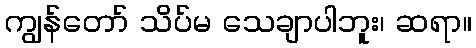
ကျွန်တော် သိပ်မ သေချာပါဘူး၊ ဆရာ။